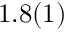
1 . 8 ( 1 )